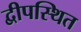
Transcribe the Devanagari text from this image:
द्वीपस्थित